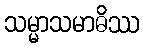
သမ္မာသမာဓိဿ